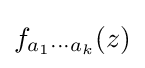
f_{a_{1}\cdots a_{k}}(z)